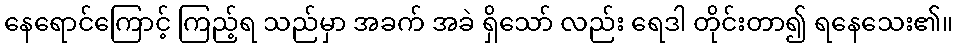
နေရောင်ကြောင့် ကြည့်ရ သည်မှာ အခက် အခဲ ရှိသော် လည်း ရေဒါ တိုင်းတာ၍ ရနေသေး၏။